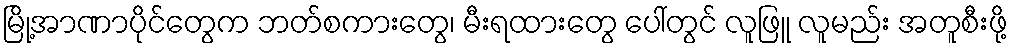
မြို့အာဏာပိုင်တွေက ဘတ်စကားတွေ၊ မီးရထားတွေ ပေါ်တွင် လူဖြူ လူမည်း အတူစီးဖို့